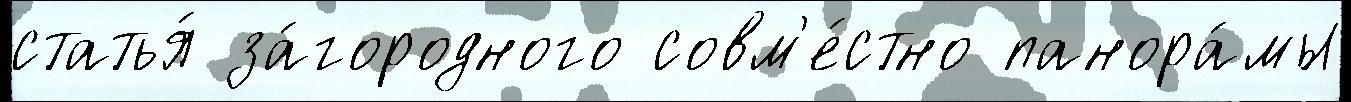
статья́ за́городного совм'е́стно панора́мы